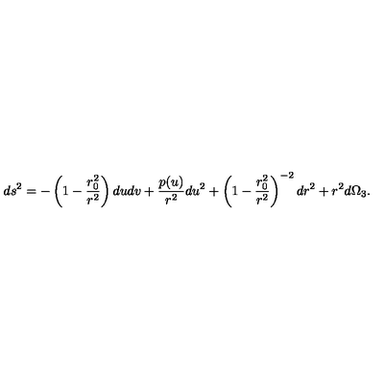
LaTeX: d s ^ { 2 } = - \left( 1 - \frac { r _ { 0 } ^ { 2 } } { r ^ { 2 } } \right) d u d v + \frac { p ( u ) } { r ^ { 2 } } d u ^ { 2 } + \left( 1 - \frac { r _ { 0 } ^ { 2 } } { r ^ { 2 } } \right) ^ { - 2 } d r ^ { 2 } + r ^ { 2 } d \Omega _ { 3 } .